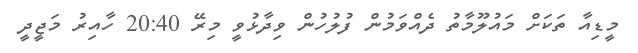
މީޑިއާ ތަކަށް މައުލޫމާތު ދެއްވަމުން ފުލުހުން ވިދާޅުވީ މިރޭ 20:40 ހާއިރު މަޖީދީ